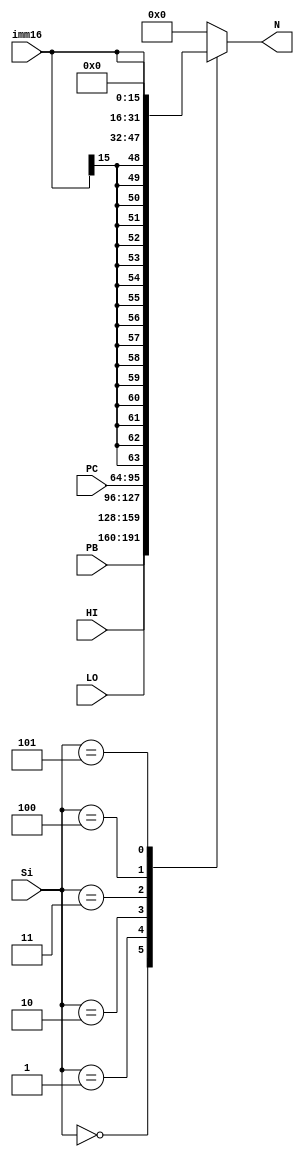
module Handler (
    input [31:0] PB, HI, LO, PC,
    input [15:0] imm16,
    input [2:0] Si,
    output reg [31:0] N
);

always @(*) begin  // Changed from @(S0_S2) to @(*) for sensitivity to all inputs
    case(Si)
        3'b000: N = PB;
        3'b001: N = HI;
        3'b010: N = LO;
        3'b011: N = PC;
        3'b100: N = {{16{imm16[15]}}, imm16};  // Sign extension
        3'b101: N = {16'b0000000000000000, imm16}; // Zero extension
        default: N = 32'b0;  // Default case
    endcase
end

endmodule